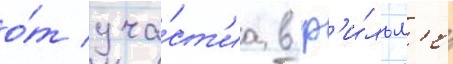
о́т уча́ст'иа в ф'и́льм'е